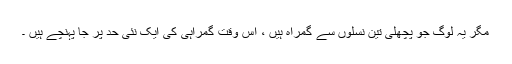
مگر یہ لوگ جو پچھلی تین نسلوں سے گمراہ ہیں ، اس وقت گمراہی کی ایک نئی حد پر جا پہنچے ہیں ۔